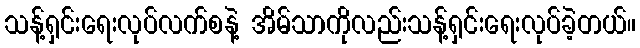
သန့်ရှင်းရေးလုပ်လက်စနဲ့ အိမ်သာကိုလည်းသန့်ရှင်းရေးလုပ်ခဲ့တယ်။